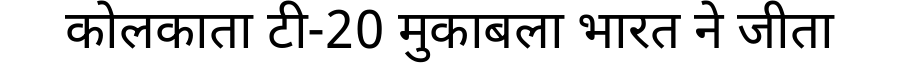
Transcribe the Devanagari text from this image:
कोलकाता टी-20 मुकाबला भारत ने जीता